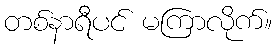
တစ်နာရီပင် မကြာလိုက်။